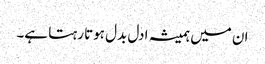
ان میں ہمیشہ ادل بدل ہوتا رہتا ہے۔